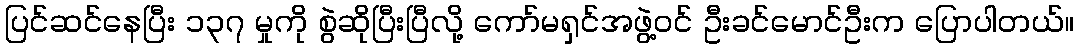
ပြင်ဆင်နေပြီး ၁၃၇ မှုကို စွဲဆိုပြီးပြီလို့ ကော်မရှင်အဖွဲ့ဝင် ဦးခင်မောင်ဦးက ပြောပါတယ်။